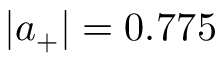
| a _ { + } | = 0 . 7 7 5